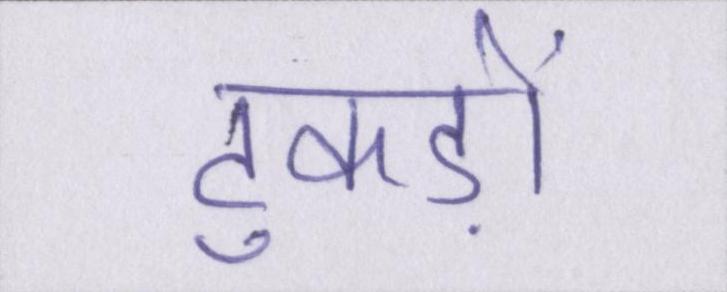
टुकड़ों